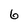
Character: 6